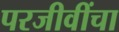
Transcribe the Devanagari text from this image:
परजीवींचा